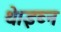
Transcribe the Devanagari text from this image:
थे।इब्न